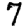
Digit: 7